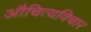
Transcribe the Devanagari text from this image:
औचित्यविचार